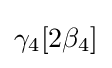
\gamma _{4}[2\beta _{4}]